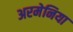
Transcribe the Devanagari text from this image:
अरमेनिया